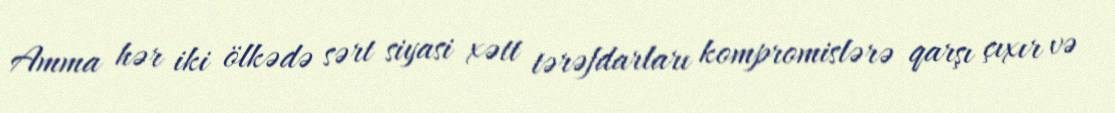
Amma hər iki ölkədə sərt siyasi xətt tərəfdarları kompromislərə qarşı çıxır və